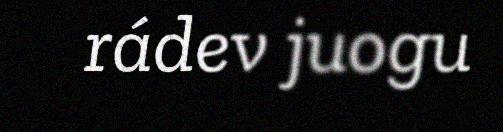
rádev juogu